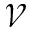
\mathcal { V }